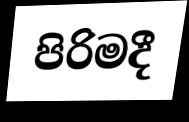
පිරිමදී